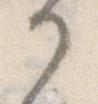
部